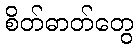
စိတ်ဓာတ်တွေ